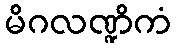
မိဂလဏ္ဍိကံ